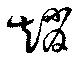
趙